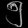
Digit: ၅